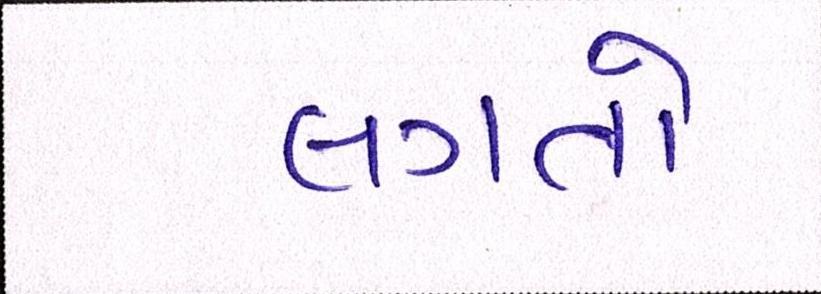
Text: લગતો